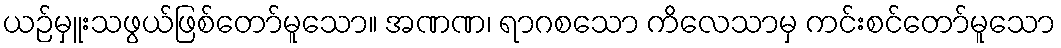
ယဉ်မှူးသဖွယ်ဖြစ်တော်မူသော။ အဏဏ၊ ရာဂစသော ကိလေသာမှ ကင်းစင်တော်မူသော